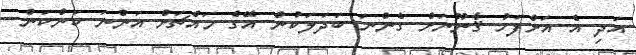
އަދި އެ އަށްފަހު ޤާނޫނަށް ގެންނަ ބަދަލަކުން އޭގެ މައްޗަށް އަންނަ ކަންކަން